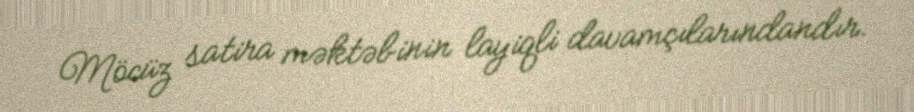
Möcüz satira məktəbinin layiqli davamçılarındandır.